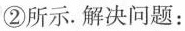
②所示.解决问题：